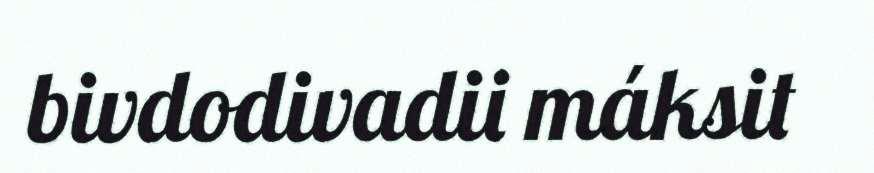
bivdodivadii máksit